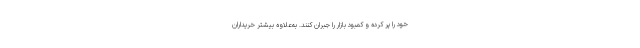
خود را پر کرده و کمبود بازار را جبران کنند. به‌علاوه بیشتر خریداران